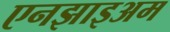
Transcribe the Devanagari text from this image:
एनझाइअम